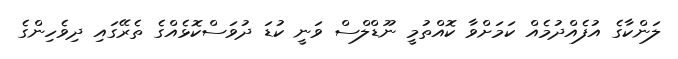
ލަންކާގެ އުފެއްދުމެއް ކަމަށްވާ ކޮއްތުމީ ނޫޑްލްސް ވަނީ ކުޑަ ދުވަސްކޮޅެއްގެ ތެރޭގައި ދިވެހިންގެ